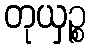
တုယှဉ္စ